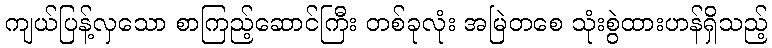
ကျယ်ပြန့်လှသော စာကြည့်ဆောင်ကြီး တစ်ခုလုံး အမြဲတစေ သုံးစွဲထားဟန်ရှိသည့်